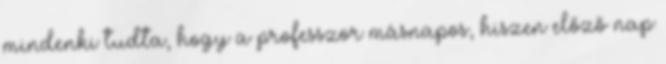
mindenki tudta, hogy a professzor másnapos, hiszen előző nap